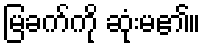
မြခက်ကို ဆုံးမ၏။